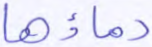
دماؤها